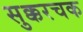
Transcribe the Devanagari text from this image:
सुक्करचक